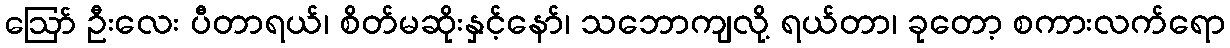
ဪ ဦးလေး ပီတာရယ်၊ စိတ်မဆိုးနှင့်နော်၊ သဘောကျလို့ ရယ်တာ၊ ခုတော့ စကားလက်ရော